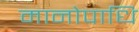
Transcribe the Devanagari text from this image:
मानोपाधि